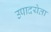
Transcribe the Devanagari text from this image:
उपादयेता